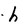
Character: h